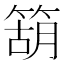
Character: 箶